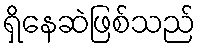
ရှိနေဆဲဖြစ်သည်